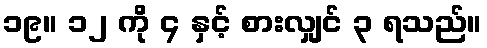
၁၉။ ၁၂ ကို ၄ နှင့် စားလျှင် ၃ ရသည်။